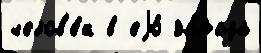
челов'е́к в еjо́ за́пада